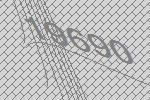
19690